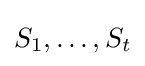
S_{1},\ldots ,S_{t}